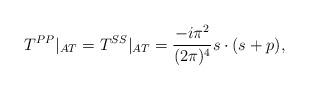
LaTeX: \begin{align*}T^{PP}|_{AT}=T^{SS}|_{AT}=\frac{-i\pi ^{2}}{(2\pi )^{4}}s\cdot (s+p),\end{align*}